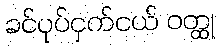
ခင်ပုပ်ငှက်ငယ် ဝတ္ထု